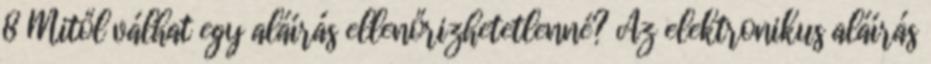
8 Mitől válhat egy aláírás ellenőrizhetetlenné? Az elektronikus aláírás